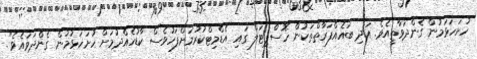
ހުށަހަޅަމުން ގެންދަވާތީއެވެ. އަދި ބައެއްފަރާތްތަކުން ހޮސްޕިޓަލް ގައި އެޑްމިޓްކުރުމަށްފަހުވެސް ކާޑުހެއްދުމަށް ހުށަހަޅުމުން ގެންދަވައެވެ".